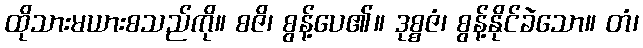
ထိုသားမယားစသည်ကို။ စဇိ၊ စွန့်ပေ၏။ ဒုစ္စဇံ၊ စွန့်နိုင်ခဲသော။ တံ၊